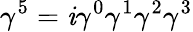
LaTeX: \gamma^{5}=\mathit{i}\gamma^{0}\gamma^{1}\gamma^{2}\gamma^{3}